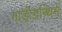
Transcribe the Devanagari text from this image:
नाड़ीग्रन्थिमें